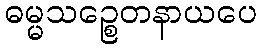
ဓမ္မသဉ္စေတနာယပေ